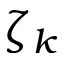
\zeta _ { k }